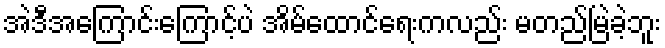
အဲဒီအကြောင်းကြောင့်ပဲ အိမ်ထောင်ရေးကလည်း မတည်မြဲခဲ့ဘူး